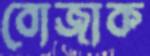
বোজাক